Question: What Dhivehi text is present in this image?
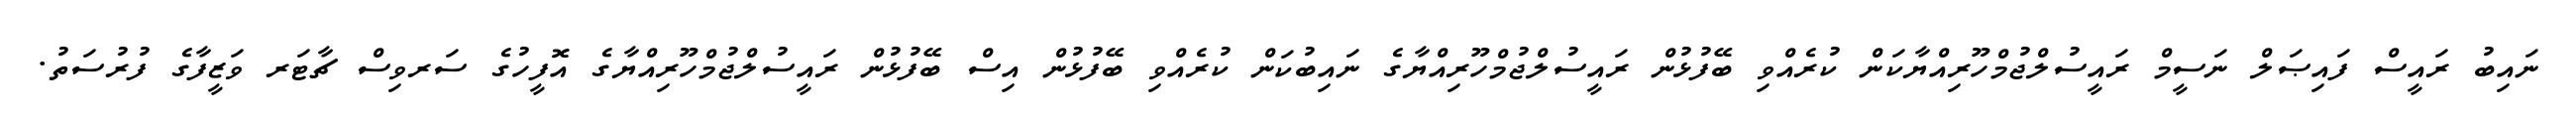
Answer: ނައިބު ރައީސް ފައިޞަލް ނަސީމް ރައީސުލްޖުމްހޫރިއްޔާކަން ކުރެއްވި ބޭފުޅުން ރައީސުލްޖުމްހޫރިއްޔާގެ ނައިބުކަން ކުރެއްވި ބޭފުޅުން އިސް ބޭފުޅުން ރައީސުލްޖުމްހޫރިއްޔާގެ އޮފީހުގެ ސަރވިސް ޗާޓަރ ވަޒީފާގެ ފުރުސަތު.